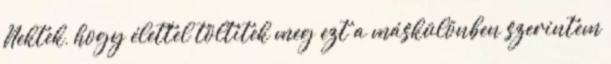
Nektek, hogy élettel töltitek meg ezt a máskülönben szerintem